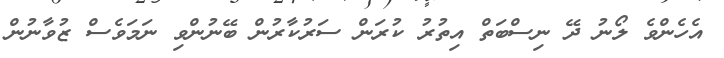
އެހެންވެ ލޯނު ދޭ ނިސްބަތް އިތުރު ކުރަން ސަރުކާރުން ބޭނުންވި ނަމަވެސް ޒުވާނުން